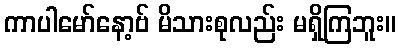
ကာပါမော်နော့ဗ် မိသားစုလည်း မရှိကြဘူး။